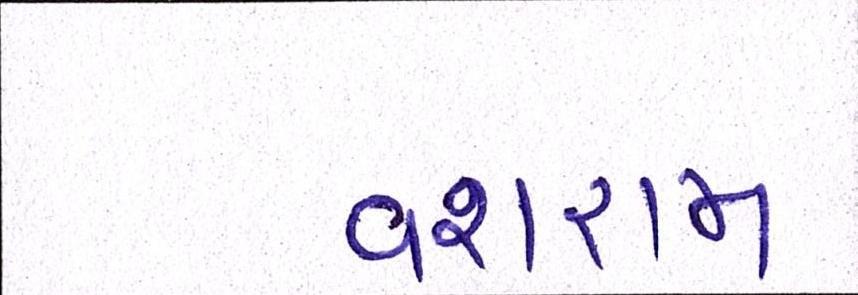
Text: વશરામ